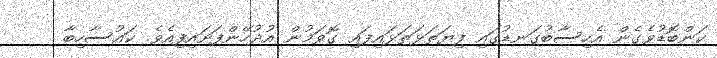
ކަންބޮޑުވެގެން އެހިސާބުގަނޑުގައި ފިޔަތަޅަތަޅައިފައި ގޮވަމުން އުދުހޭންފަށައިފިއެވެ. ކައުސާހިބާ